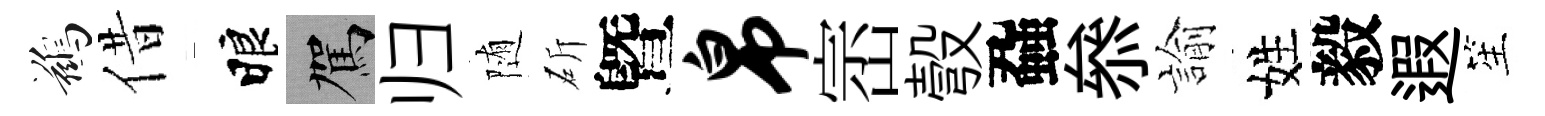
鷀借睱駕归随斫曁帛崈彀蝨叅諭姓毅遐笙